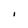
Character: I